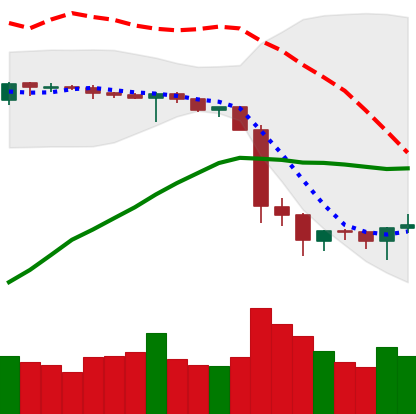
Ticker: BTC-USD
Chart end date: 2019-10-01
Forward return: -4.256%
Label: down_3_5